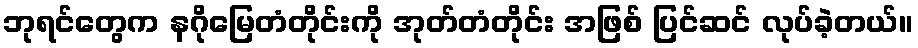
ဘုရင်တွေက နဂိုမြေတံတိုင်းကို အုတ်တံတိုင်း အဖြစ် ပြင်ဆင် လုပ်ခဲ့တယ်။